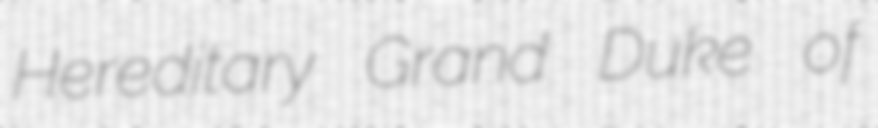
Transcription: Hereditary Grand Duke of